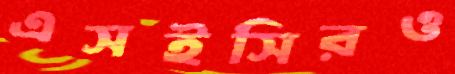
এসইসিরও